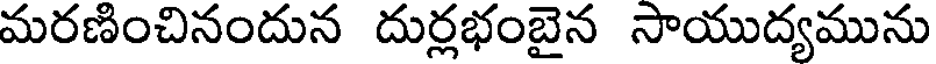
మరణించినందున దుర్లభంబైన సాయుద్యమును